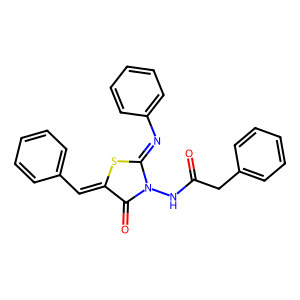
SMILES: O=C(Cc1ccccc1)NN1C(=O)C(=Cc2ccccc2)SC1=Nc1ccccc1
Inhibits HIV replication: No